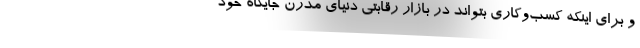
و برای اینکه کسب‌وکاری بتواند در بازار رقابتی دنیای مدرن جایگاه خود